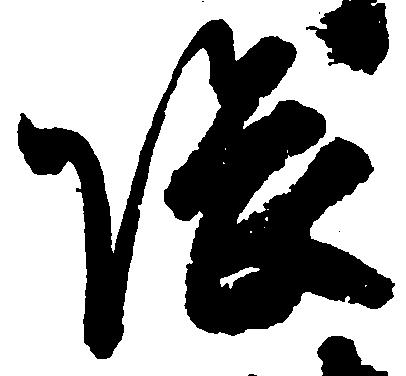
隈